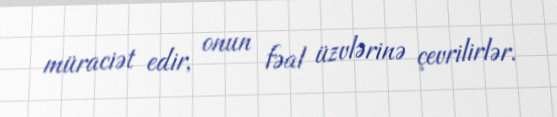
müraciət edir, onun fəal üzvlərinə çevrilirlər.